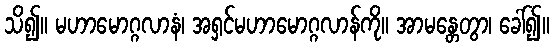
သိ၍။ မဟာမောဂ္ဂလာနံ၊ အရှင်မဟာမောဂ္ဂလာန်ကို။ အာမန္တေတွာ၊ ခေါ်၍။